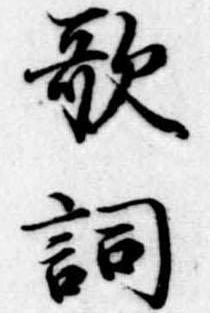
歌詞